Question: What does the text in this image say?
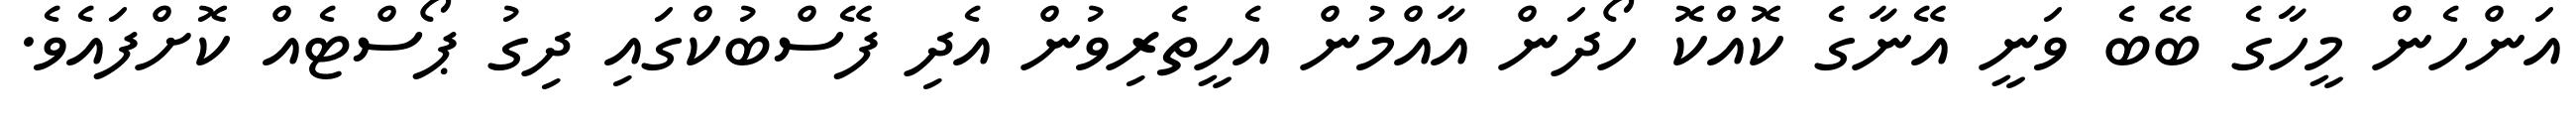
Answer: އަންހެން މީހާގެ ބޭބެ ވަނީ އޭނާގެ ކޮއްކޮ ހޯދަން އާއްމުން އެހީތެރިވުން އެދި ފޭސްބުކްގައި ދިގު ޕޯސްޓެއް ކޮށްފައެވެ.